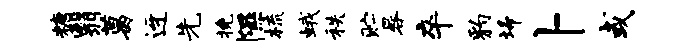
糖翳葛迓先挽隰梳蛾秩贮晷卒豹埽卜或